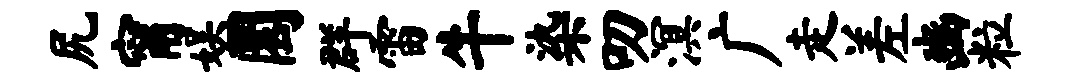
尻甯娱圜群雷牛染叨溟广走差豳粒